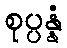
စုပ္ပန္နံ